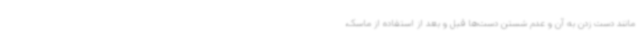
مانند دست زدن به آن و عدم شستن دست‌ها قبل و بعد از استفاده از ماسک،